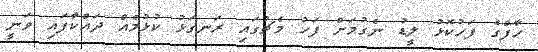
ހާފްގެ ފަހުކޮޅު ލީޑު ނެގުމަށް ފަހު މެޗުގައި ރަނގަޅު ކުޅުމެއް ދައްކާފައި ވަނީ